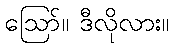
ဪ။ ဒီလိုလား။